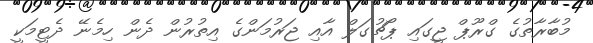
މުބާރާތުގެ ގްރޫޕް ޖީގައި ޕޯޗުގަލް އާއި ޖަރުމަންގެ އިތުރުން ދެން ހިމެނޭ ދެޓީމަކީ